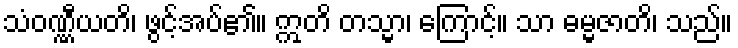
သံဝဏ္ဏီယတိ၊ ဖွင့်အပ်၏။ ဣတိ တသ္မာ၊ ကြောင့်။ သာ ဓမ္မဇာတိ၊ သည်။